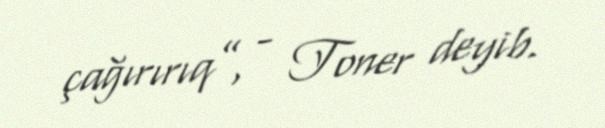
çağırırıq”, - Toner deyib.